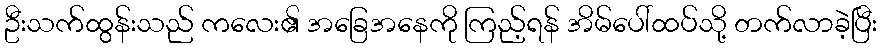
ဦးသက်ထွန်းသည် ကလေး၏ အခြေအနေကို ကြည့်ရန် အိမ်ပေါ်ထပ်သို့ တက်လာခဲ့ပြီး